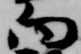
向